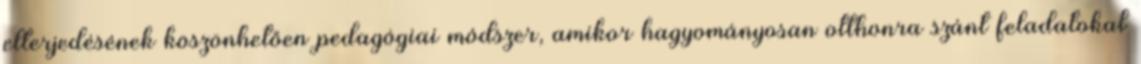
elterjedésének köszönhetően pedagógiai módszer, amikor hagyományosan otthonra szánt feladatokat